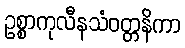
ဥစ္စာကုလီနသံဝတ္တနိကာ